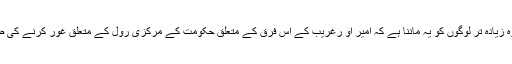
اس کے علاوہ زیادہ تر لوگوں کو یہ ماننا ہے کہ امیر او رغریب کے اس فرق کے متعلق حکومت کے مرکزی رول کے متعلق غور کرنے کی ضرورت ہے۔